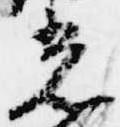
光